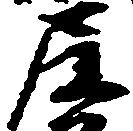
尼